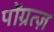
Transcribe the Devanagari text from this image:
पोंग्रत्ज़